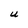
Character: U